画像に写った文字を読んでください
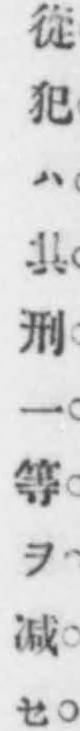
「從犯ハ其刑一等ヲ减セ」と書いてあります